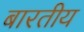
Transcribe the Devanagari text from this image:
बारतीय